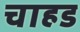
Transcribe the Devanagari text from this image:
चाहड